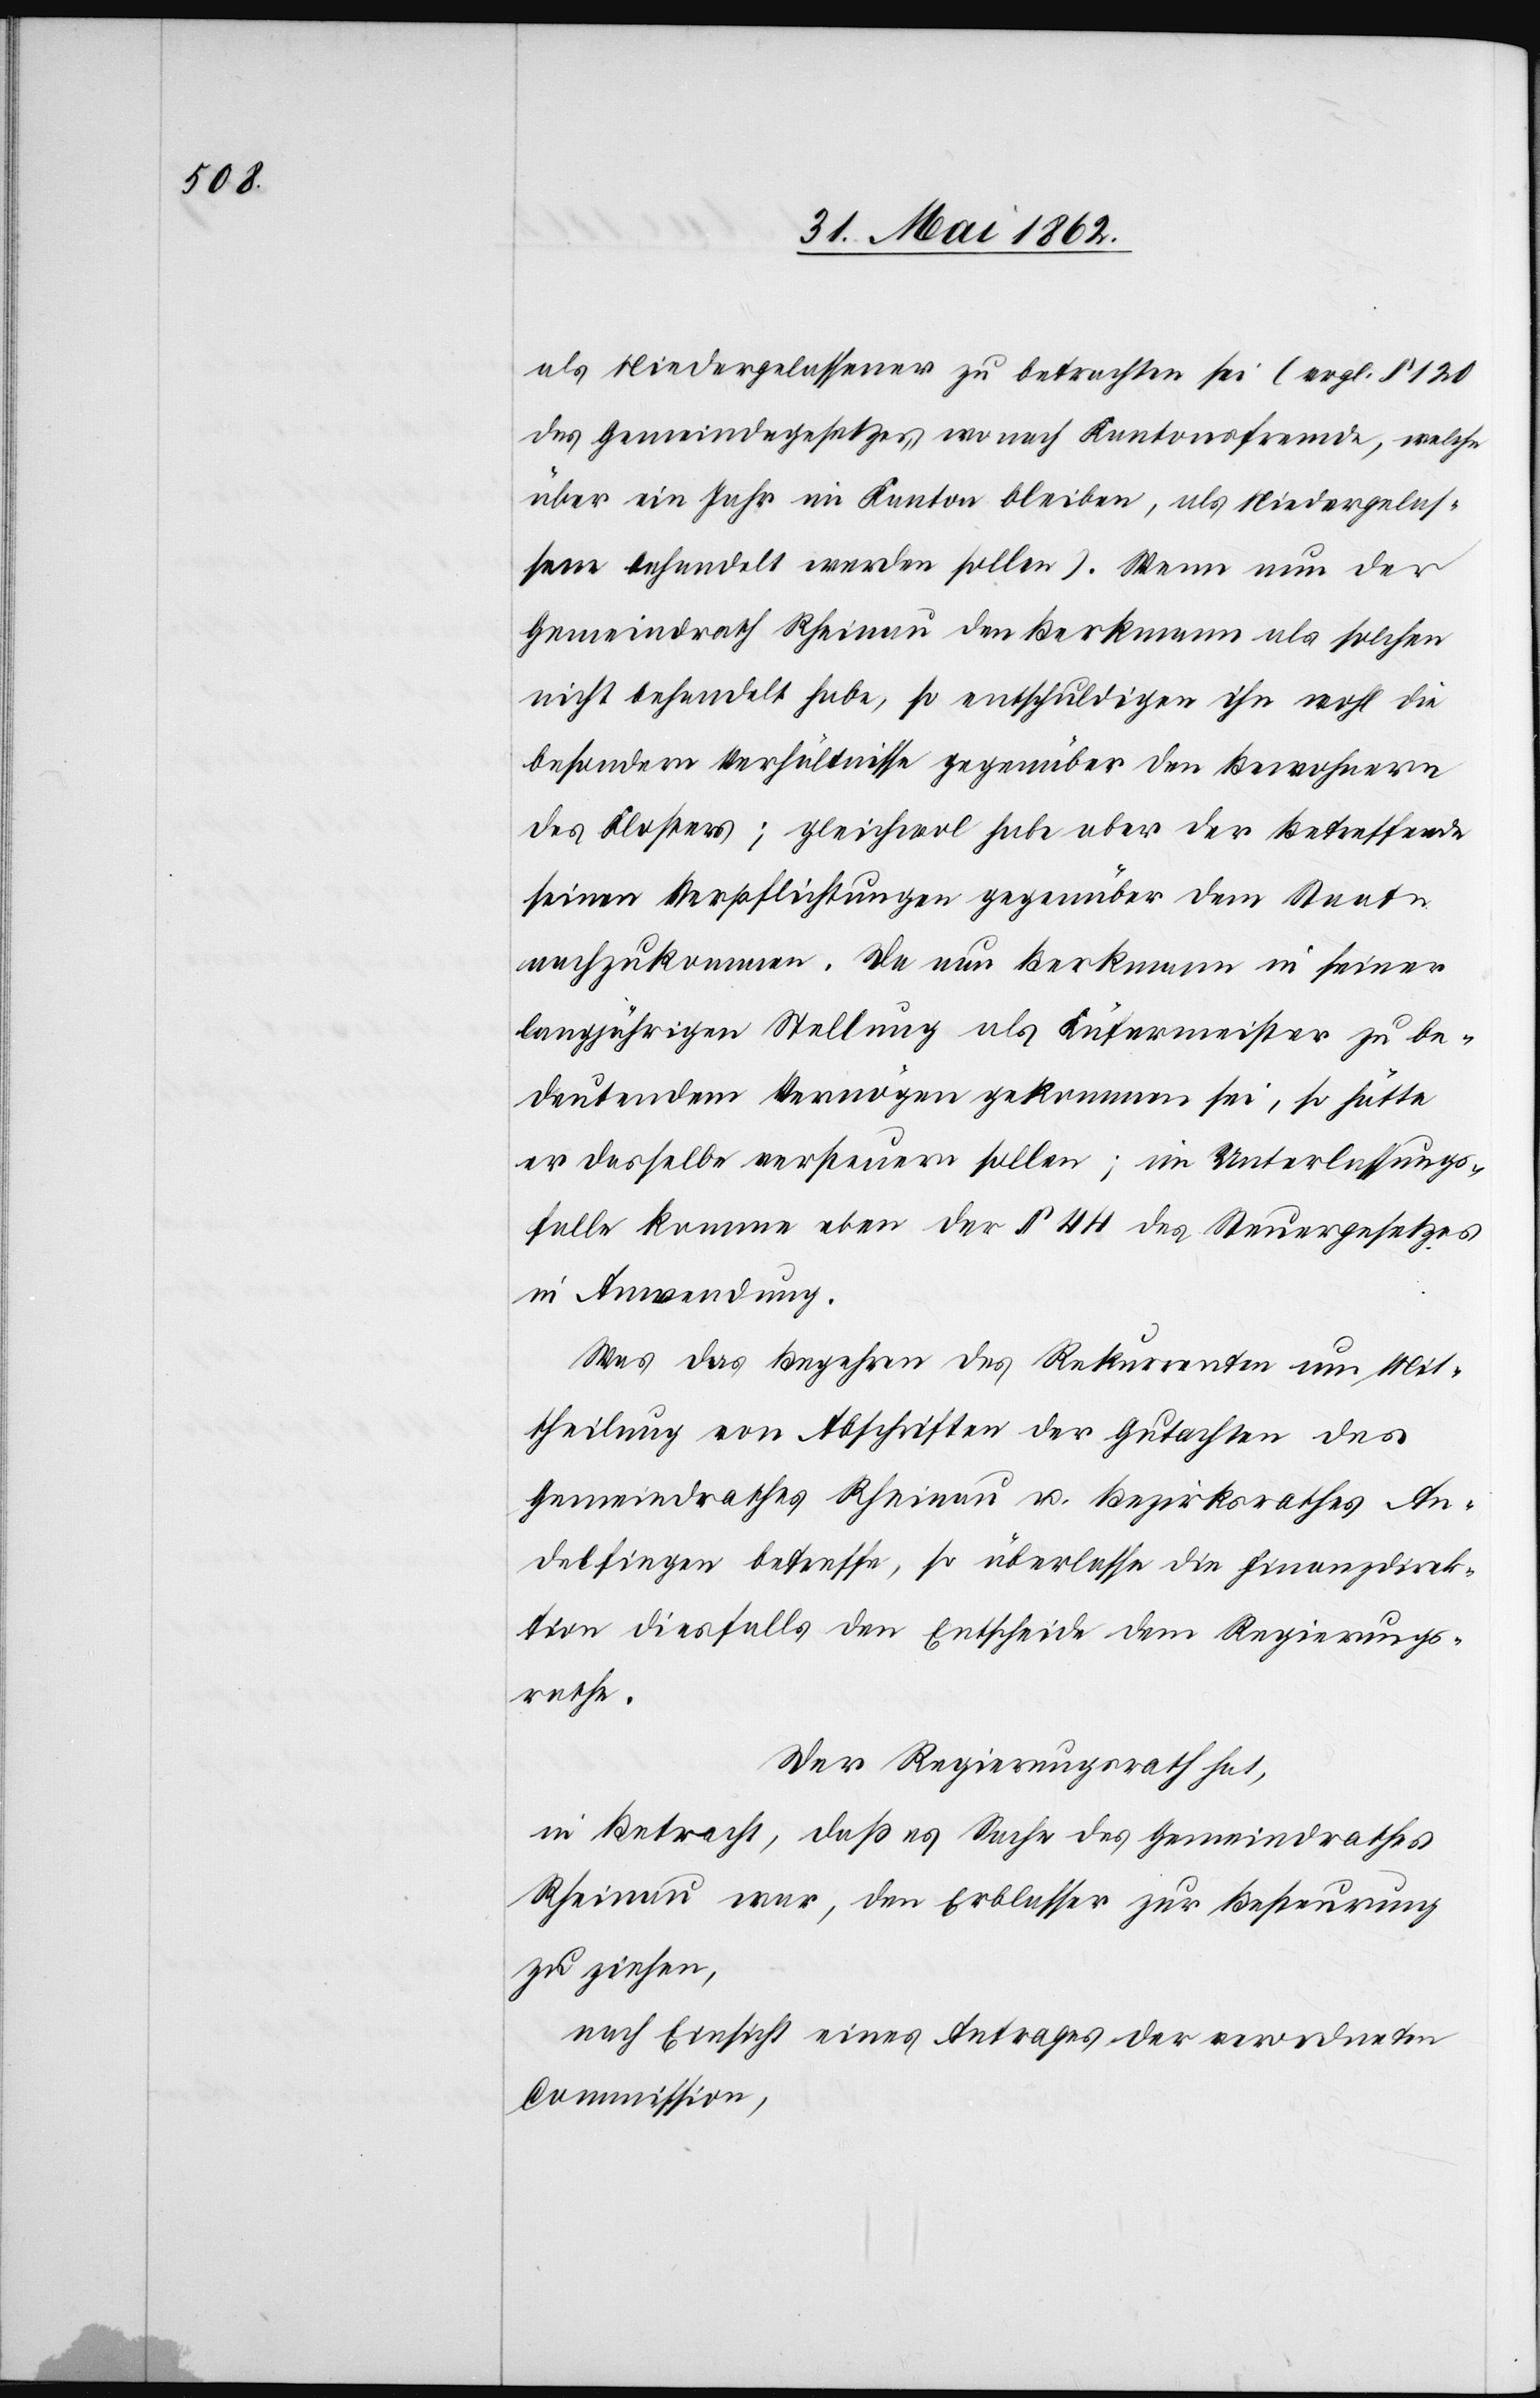
als Niedergelassener zu betrachten sei (vrgl. § 120
des Gemeindegesetzes, wonach Kantonsfremde, welche
über ein Jahr im Kanton bleiben, als Niedergelas¬
sene behandelt werden sollen). Wenn nun der
Gemeindrath Rheinau den Berkmann als solchen
nicht behandelt habe, so entschuldigen ihn wohl die
besondern Verhältnisse gegenüber den Bewohnern
des Klosters; gleichwol habe aber der Betreffende
seinen Verpflichtungen gegenüber dem Staate
nachzukommen. Da nun Berkmann in seiner
langjährigen Stellung als Küfermeister zu be¬
deutendem Vermögen gekommen sei, so hätte
er dasselbe versteuern sollen; im Unterlassungs¬
falle komme eben der § 44 des Steuergesetzes
in Anwendung.
Was das Begehren des Rekurrenten um Mit¬
theilung von Abschriften der Gutachten des
Gemeindrathes Rheinau u. Bezirksrathes An¬
delfingen betreffe, so überlasse die Finanzdirek¬
tion diesfalls den Entscheid dem Regierungs¬
rathe.
Der Regierungsrath hat,
in Betracht, daß es Sache des Gemeindrathes
Rheinau war, dem Erblasser zur Besteurung
zu ziehen,
nach Einsicht eines Antrages der verordneten
Commission,